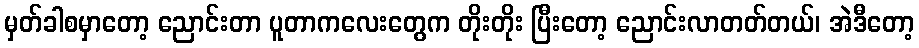
မှတ်ခါစမှာတော့ ညောင်းတာ ပူတာကလေးတွေက တိုးတိုး ပြီးတော့ ညောင်းလာတတ်တယ်၊ အဲဒီတော့